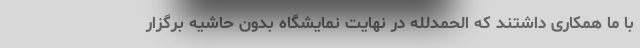
با ما همکاری داشتند که الحمدلله در نهایت نمایشگاه بدون حاشیه برگزار